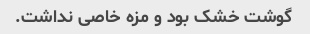
گوشت خشک بود و مزه خاصی نداشت.